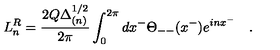
L _ { n } ^ { R } = \frac { 2 Q \Delta _ { ( n ) } ^ { 1 / 2 } } { 2 \pi } \int _ { 0 } ^ { 2 \pi } d x ^ { - } \Theta _ { -- } ( x ^ { - } ) e ^ { i n x ^ { - } } \quad .